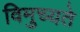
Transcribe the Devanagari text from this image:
विमुच्यते